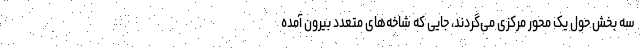
سه بخش حول یک محور مرکزی می‌گردند، جایی که شاخه‌های متعدد بیرون آمده